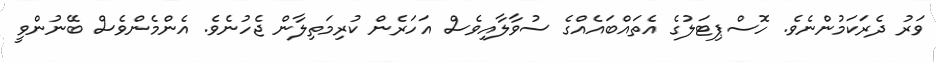
ވަރު ދެރަކަމުންނެވެ. ހޮސްޕިޓަލުގެ އެތައްބައެއްގެ ސުވާލާއިވެސް އަހަރެން ކުރިމަތިލާން ޖެހުނެވެ. އެންމެންވެސް ބޭނުންވީ